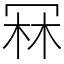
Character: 冧